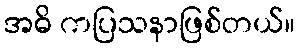
အဓိ ကပြသနာဖြစ်တယ်။